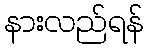
နားလည်ရန်